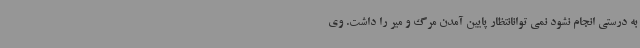
به درستی انجام نشود نمی توانانتظار پایین آمدن مرگ و میر را داشت. وی